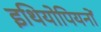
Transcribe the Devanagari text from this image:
इथियोपियनों